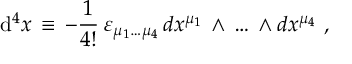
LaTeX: \mathrm { d } ^ { 4 } x \, \equiv \, - { \frac { 1 } { 4 ! } } \, \varepsilon _ { \mu _ { 1 } \dots \mu _ { 4 } } \, d x ^ { \mu _ { 1 } } \, \wedge \, \dots \, \wedge d x ^ { \mu _ { 4 } } \ ,